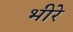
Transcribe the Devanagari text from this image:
भीरे